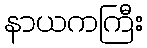
နာယကကြီး